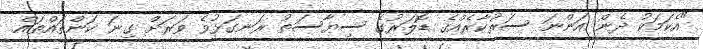
"އެކަމަކު ދެން އަންނަ ސަރުކާރެއްގެ ޑޮލަރުގެ ސިޔާސަތު ރަނގަޅުވެ ވަރަށް ގިނަ ކަންތައްތައް